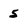
Character: 5